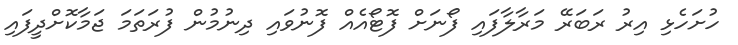
ހުށަހެޅި އިރު ރަބަރޭ މަރާލާފައި ފޯނަށް ފޮޓޯއެއް ފޮނުވައި ދިނުމުން ފުރަތަމަ ޖަމާކޮށްދީފައި